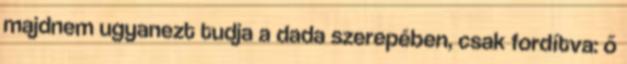
majdnem ugyanezt tudja a dada szerepében, csak fordítva: ő